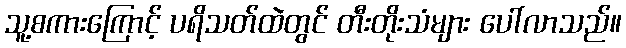
သူ့စကားကြောင့် ပရိသတ်ထဲတွင် တီးတိုးသံများ ပေါ်လာသည်။